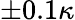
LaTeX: \pm 0.1\kappa